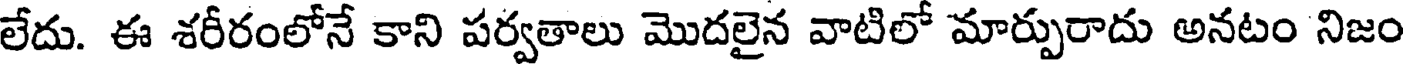
లేదు. ఈ శరీరంలోనే కాని పర్వతాలు మొదలైన వాటిలో మార్పురాదు అనటం నిజం